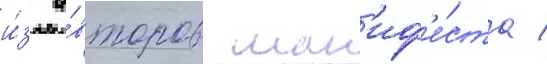
и́з а́второв ман'иф'е́ста /